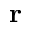
\mathbf { r }